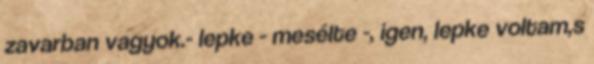
zavarban vagyok.- lepke - mesélte -, igen, lepke voltam,s